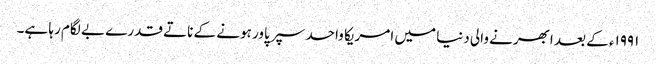
۱۹۹۱ء کے بعد ابھرنے والی دنیا میں امریکا واحد سپر پاور ہونے کے ناتے قدرے بے لگام رہا ہے۔